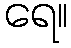
ရေ။